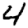
Digit: 4